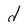
Character: d